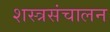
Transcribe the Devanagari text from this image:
शस्त्रसंचालन